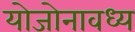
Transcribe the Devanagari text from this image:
योजोनावध्य